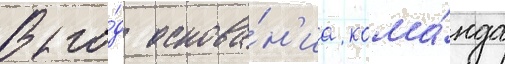
В го́д основа́н'иа кома́нда